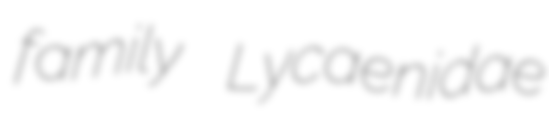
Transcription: family Lycaenidae